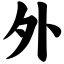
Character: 外